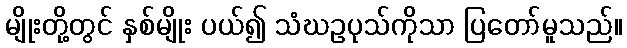
မျိုးတို့တွင် နှစ်မျိုး ပယ်၍ သံဃဥပုသ်ကိုသာ ပြတော်မူသည်။